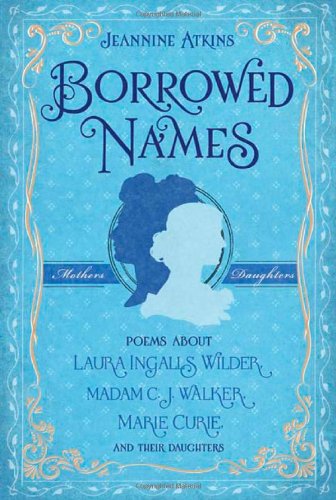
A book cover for Borrowed Names: Poems About Laura Ingalls Wilder, Madam C.J. Walker, Marie Curie, and Their Daughters; Jeannine Atkins; Teen & Young Adult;